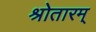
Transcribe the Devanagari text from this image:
श्रोतारम्